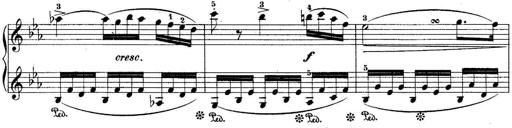
Title: 10 Sonatines progressives
Composer: Anton Schmoll